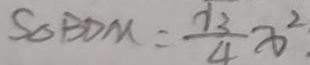
S _ { \Delta } B D M = \frac { \sqrt { 3 } } { 4 } x ^ { 2 }